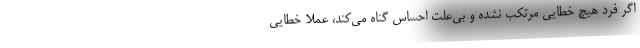
اگر فرد هیچ خطایی مرتکب نشده‌ و بی‌علت احساس گناه می‌کند، عملا خطایی